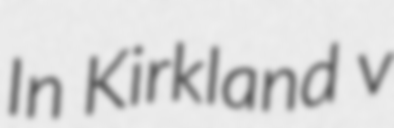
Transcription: In Kirkland v